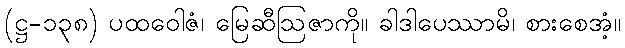
(ဋ္ဌ-၁၃၈) ပထဝေါဇံ၊ မြေဆီဩဇာကို။ ခါဒါပေဿာမိ၊ စားစေအံ့။